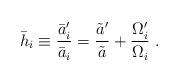
LaTeX: \begin{align*}\bar{h}_i \equiv {\bar{a}_i'\over\bar{a}_i} = {\tilde{a}'\over\tilde{a}} + {\Omega_i' \over \Omega_i} \ .\end{align*}